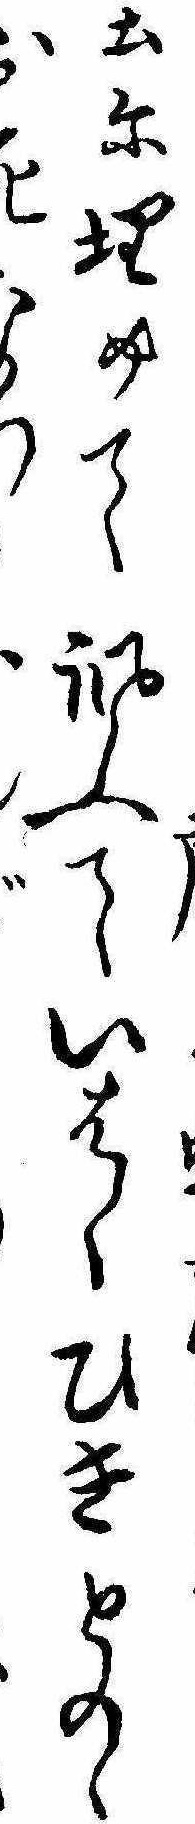
土に埋めて諷ふていはくひきとのゝお